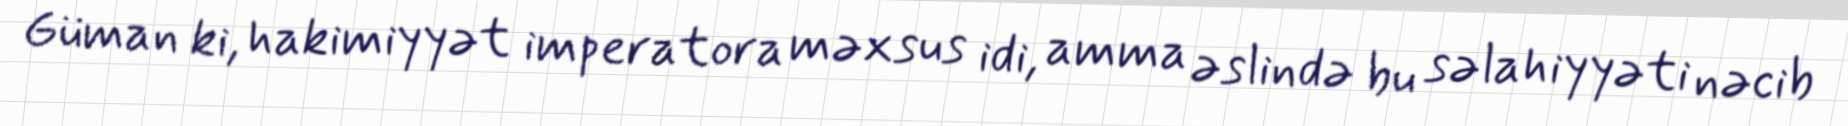
Güman ki, hakimiyyət imperatora məxsus idi, amma əslində bu səlahiyyəti nəcib